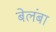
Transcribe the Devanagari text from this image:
बेलंबा